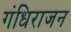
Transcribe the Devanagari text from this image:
गंधिराजन